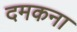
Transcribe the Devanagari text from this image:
दमकना